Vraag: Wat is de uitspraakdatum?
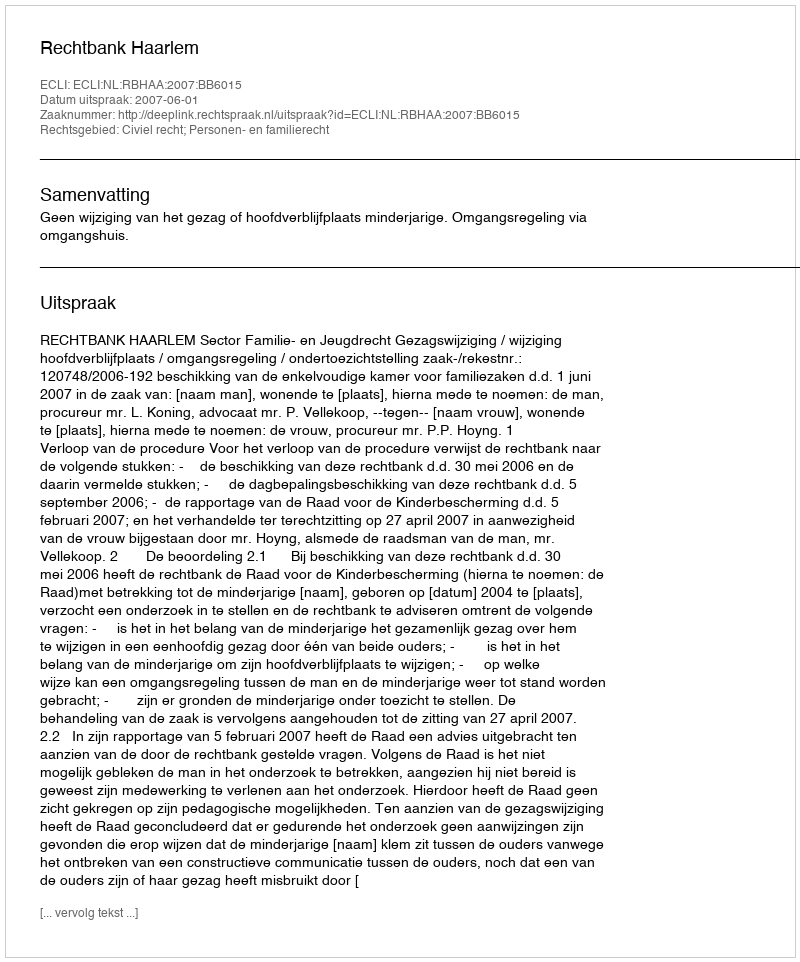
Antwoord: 2007-06-01